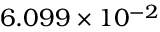
6 . 0 9 9 \times 1 0 ^ { - 2 }